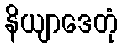
နိယျာဒေတုံ